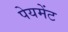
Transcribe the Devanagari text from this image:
पेयमेंट